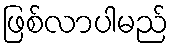
ဖြစ်လာပါမည်